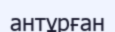
антұрған